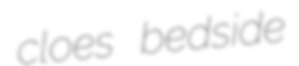
cloes bedside